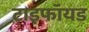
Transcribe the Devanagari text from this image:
टाइफॉयड